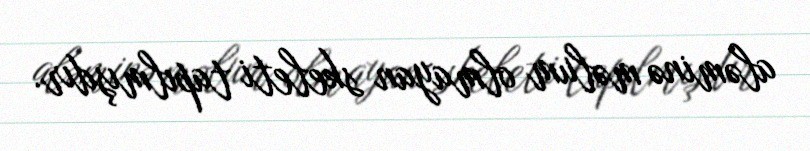
aləminə məlum olmayan skeleti tapılmışdır.